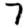
Digit: 7